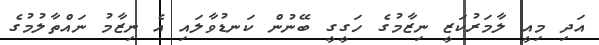
އަދި މިއީ ލާމަރުކަޒީ ނިޒާމުގެ ހަގީގީ ބޭނުން ކަނޑުވާލައި އެ ނިޒާމު ނައްތާލުމުގެ